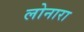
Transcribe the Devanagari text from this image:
लोनारा